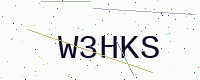
Text: W3HKS